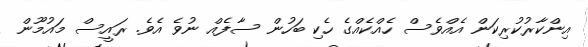
އިންކާރުކުރިކަން އެއްވެސް ހެއްކެއްގެ ހެކި ބަހުން ސާފެއް ނުވެ އެވެ. ރައީސް މައުމޫން